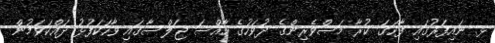
ޅ. ނައިފަރުގައި ފާހަގަ ކުރާ މަސްވެރިންގެ ދުވަހުގެ ހާއްސަ ޖަލްސާގައި ވާހަކަފުޅު ދައްކަވަމުން